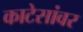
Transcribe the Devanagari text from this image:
काटेसांवर